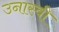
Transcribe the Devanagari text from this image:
उनास्वी